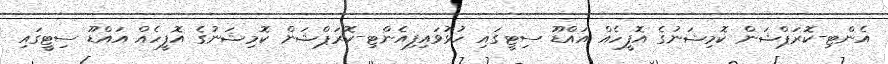
އެންޓި-ކޮރަޕްޝަން ކޮމިޝަނުގެ އޮފީހެއް އައްޑޫ ސިޓީގައި ހުޅުވައިފިއެންޓި-ކޮރަޕްޝަން ކޮމިޝަނުގެ އޮފީހެއް އައްޑޫ ސިޓީގައި